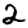
Digit: 2